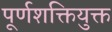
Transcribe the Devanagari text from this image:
पूर्णशक्तियुक्त